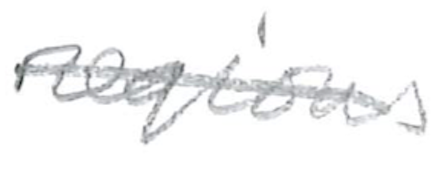
Text: regions
Cross-out: single-line
Writing tool: pencil